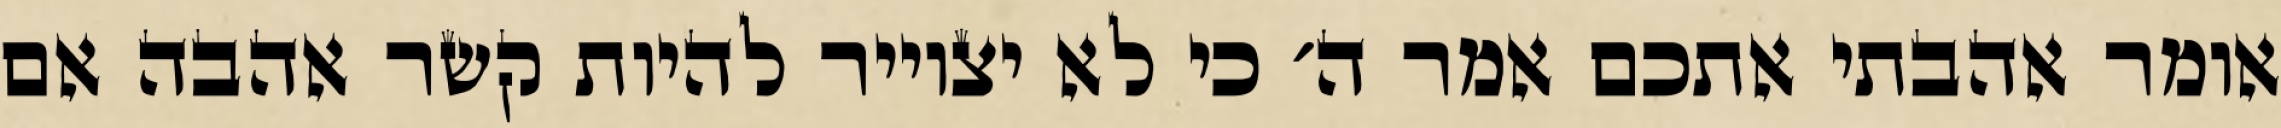
אומר אהבתי אתכם אמר ה׳ כי לא יצוייר להיות קשר אהבה אם